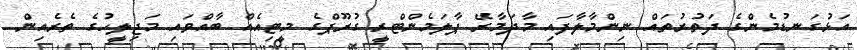
އަޅުގަނޑުމެންގެ ދަތުރުތައް ނިންމާލާފައި މާދަމާރޭ ޕާލަމެންޓްރީ ގުރޫޕްގެ މީޓިއެއް ބާއްވައި މަޖިލީހުގެ ތެރެއިން